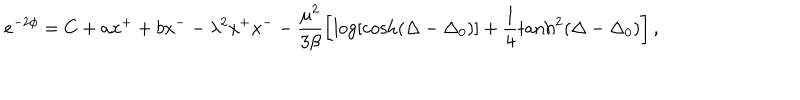
LaTeX: e ^ { - 2 \phi } = C + a x ^ { + } + b x ^ { - } - \lambda ^ { 2 } x ^ { + } x ^ { - } - \frac { \mu ^ { 2 } } { 3 \beta } \left[ \log [ { \cosh ( { \Delta - \Delta _ { 0 } } ) } ] + \frac { 1 } { 4 } \tanh ^ { 2 } ( { \Delta - \Delta _ { 0 } } ) \right] ,